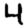
Digit: 4